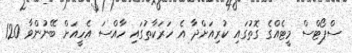
ސްޕޯޓްސް މީޓެއްގެ ގޮތުގައި ކުރިއަށްދާ އެ ހަރަކާތުގައި ހާއްސަ އެހީއަށް ބޭނުންވާ 120